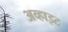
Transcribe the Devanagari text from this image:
अव्हाइट